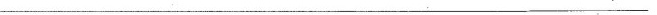
______________________________________________________